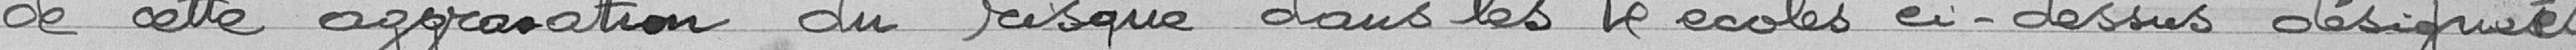
de cette aggravation du risque dans les 4 écoles ci-dessus désignées.